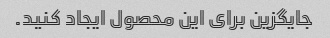
جایگزین برای این محصول ایجاد کنید.